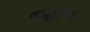
જહાન